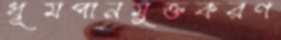
ধূমপানমুক্তকরণ